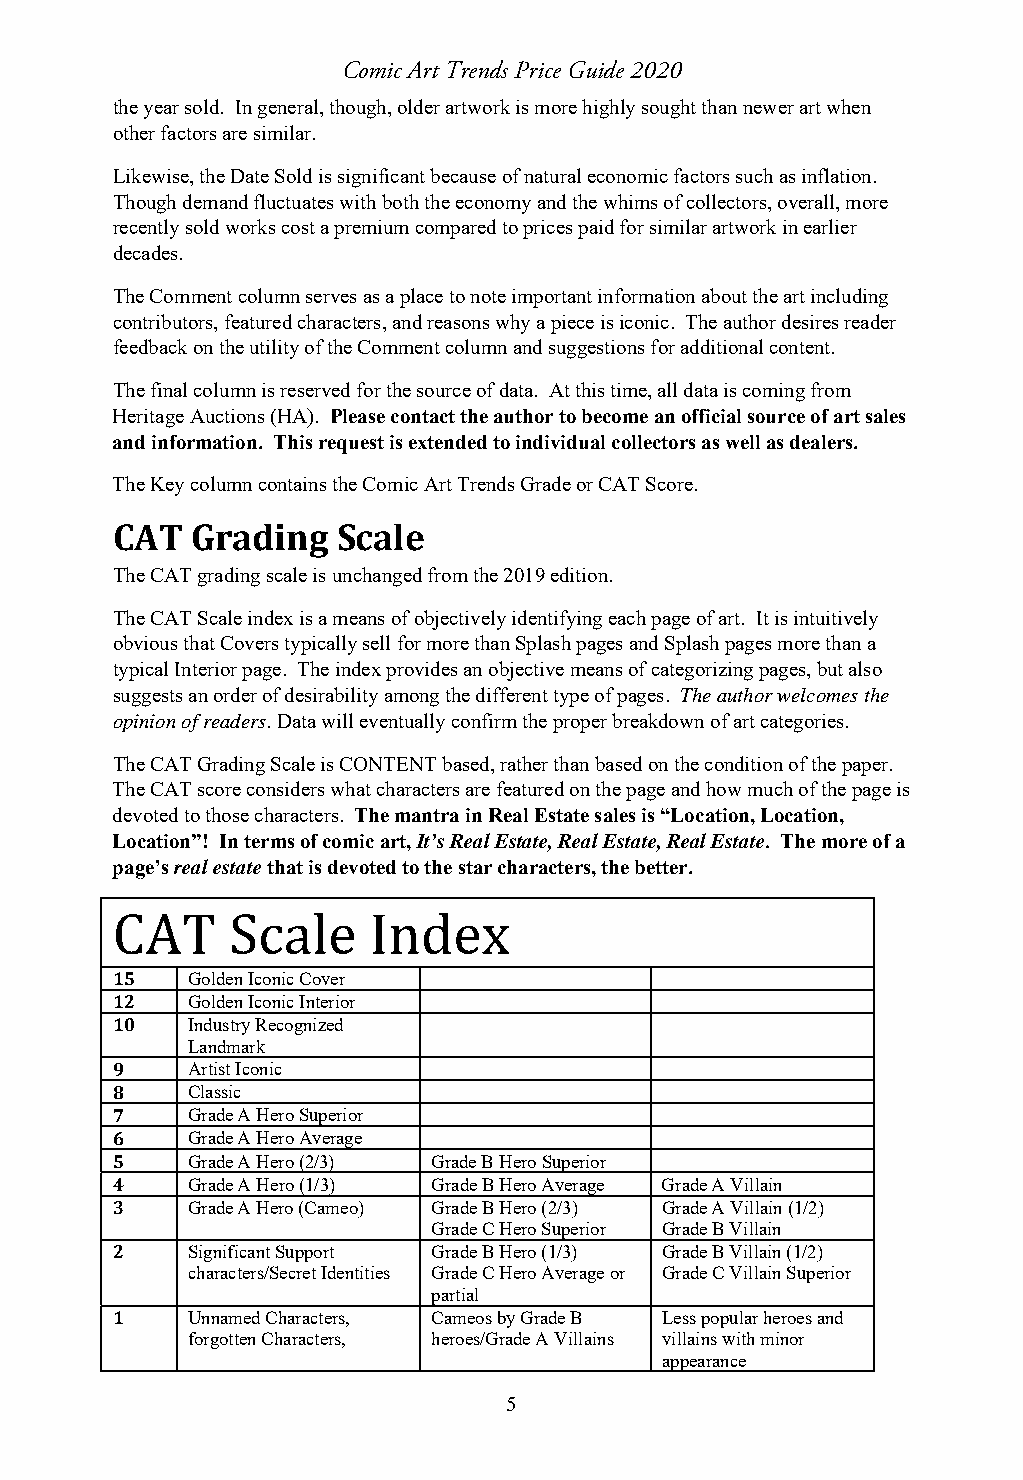
Comic Art Trends Price Guide 2020
 the year sold. In general, though, older artwork is more highly sought than newer art when
 other factors are similar.
 Likewise, the Date Sold is significant because of natural economic factors such as inflation.
 Though demand fluctuates with both the economy and the whims of collectors, overall, more
 recently sold works cost a premium compared to prices paid for similar artwork in earlier
 decades.
 The Comment column serves as a place to note important information about the art including
 contributors, featured characters, and reasons why a piece is iconic. The author desires reader
 feedback on the utility of the Comment column and suggestions for additional content.
 The final column is reserved for the source of data. At this time, all data is coming from
 Heritage Auctions (HA). Please contact the author to become an official source of art sales
 and information. This request is extended to individual collectors as well as dealers.
 The Key column contains the Comic Art Trends Grade or CAT Score.
 CAT   Grading  Scale
 The CAT grading scale is unchanged from the 2019 edition.
 The CAT Scale index is a means of objectively identifying each page of art. It is intuitively
 obvious that Covers typically sell for more than Splash pages and Splash pages more than a
 typical Interior page. The index provides an objective means of categorizing pages, but also
 suggests an order of desirability among the different type of pages. The author welcomes the
 opinion of readers. Data will eventually confirm the proper breakdown of art categories.
 The CAT Grading Scale is CONTENT based, rather than based on the condition of the paper.
 The CAT score considers what characters are featured on the page and how much of the page is
 devoted to those characters. The mantra in Real Estate sales is “Location, Location,
 Location”! In terms of comic art, It’s Real Estate, Real Estate, Real Estate. The more of a
 page’s real estate that is devoted to the star characters, the better.
 CAT     Scale    Index
 15   Golden Iconic Cover
 12   Golden Iconic Interior
 10   Industry Recognized
 Landmark
 9    Artist Iconic
 8    Classic
 7    Grade A Hero Superior
 6    Grade A Hero Average
 5    Grade A Hero (2/3) Grade B Hero Superior
 4    Grade A Hero (1/3) Grade B Hero Average Grade A Villain
 3    Grade A Hero (Cameo) Grade B Hero (2/3) Grade A Villain (1/2)
 Grade C Hero Superior Grade B Villain
 2    Significant Support Grade B Hero (1/3) Grade B Villain (1/2)
 characters/Secret Identities Grade C Hero Average or Grade C Villain Superior
 partial
 1    Unnamed Characters, Cameos by Grade B Less popular heroes and
 forgotten Characters, heroes/Grade A Villains villains with minor
 appearance
 5